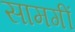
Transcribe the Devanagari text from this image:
सामगीं